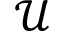
\mathcal { U }